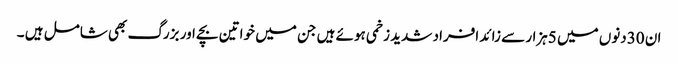
ان 30دنوں میں 5ہزار سے زائد افراد شدید زخمی ہوئے ہیں جن میں خواتین بچے اور بزرگ بھی شامل ہیں ۔